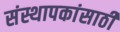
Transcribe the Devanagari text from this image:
संस्थापकांसाठी